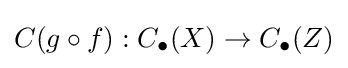
C(g\circ f):C_{\bullet }(X)\to C_{\bullet }(Z)